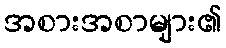
အစားအစာများ၏